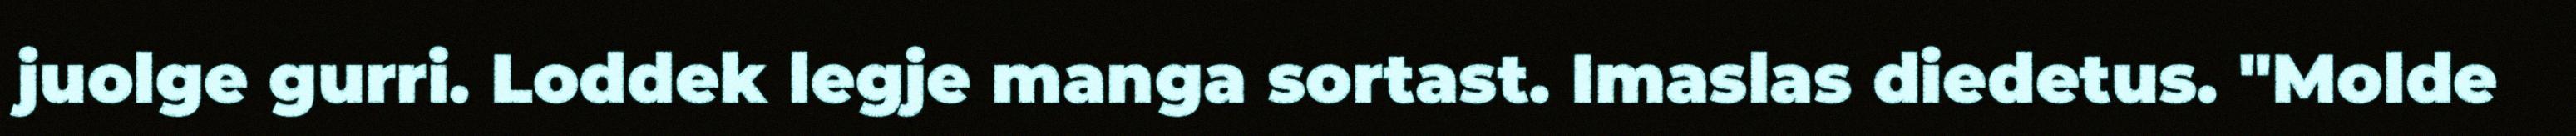
juolge gurri. Loddek legje manga sortast. Imaslas diedetus. "Molde